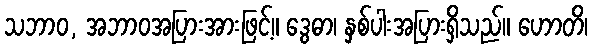
သဘာဝ, အဘာဝအပြားအားဖြင့်။ ဒွေဓာ၊ နှစ်ပါးအပြားရှိသည်။ ဟောတိ၊